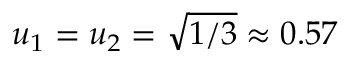
u _ { 1 } = u _ { 2 } = \sqrt { 1 / 3 } \approx 0 . 5 7